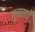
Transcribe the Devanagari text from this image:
गुच्छाचे